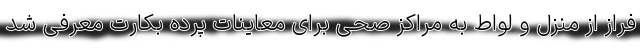
فراز از منزل و لواط به مراکز صحی برای معاینات پرده بکارت معرفی شد